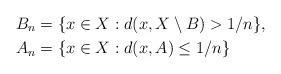
LaTeX: \begin{align*}B_n &= \{ x\in X : d(x,X\setminus B) > 1/n \} , \\A_n &= \{ x\in X : d(x,A) \leq 1/n \}\end{align*}